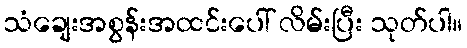
သံချေးအစွန်းအထင်းပေါ် လိမ်းပြီး သုတ်ပါ။